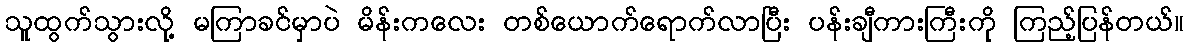
သူထွက်သွားလို့ မကြာခင်မှာပဲ မိန်းကလေး တစ်ယောက်ရောက်လာပြီး ပန်းချီကားကြီးကို ကြည့်ပြန်တယ်။